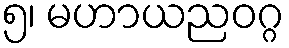
၅၊ မဟာယညဝဂ္ဂ